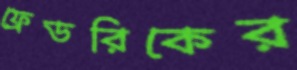
ফ্রেডরিকের